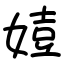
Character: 㛸